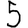
Digit: 5